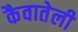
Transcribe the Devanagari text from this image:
कैवातेली